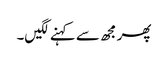
پھر مجھ سے کہنے لگیں۔